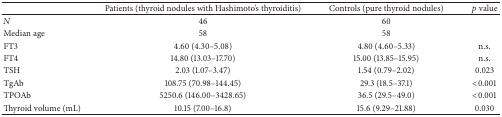
|  | Patients (thyroid nodules with Hashimoto's thyroiditis) | Controls (pure thyroid nodules) | p value |
 | --- | --- | --- | --- |
 | N | 46 | 60 |  |
 | Median age | 58 | 58 |  |
 | FT3 | 4.60 (4.30–5.08) | 4.80 (4.60–5.33) | n.s. |
 | FT4 | 14.80 (13.03–17.70) | 15.00 (13.85–15.95) | n.s. |
 | TSH | 2.03 (1.07–3.47) | 1.54 (0.79–2.02) | 0.023 |
 | TgAb | 108.75 (70.98–144.45) | 29.3 (18.5–37.1) | <0.001 |
 | TPOAb | 5250.6 (146.00–3428.65) | 36.5 (29.5–49.0) | <0.001 |
 | Thyroid volume (mL) | 10.15 (7.00–16.8) | 15.6 (9.29–21.88) | 0.030 |